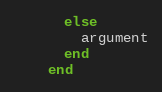
Language: Ruby
      else
        argument
      end
    end